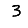
Digit: 3